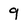
Character: 9